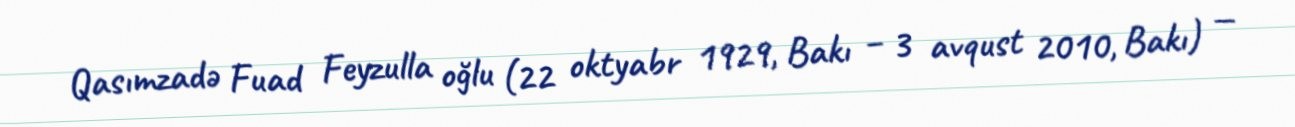
Qasımzadə Fuad Feyzulla oğlu (22 oktyabr 1929, Bakı – 3 avqust 2010, Bakı) —